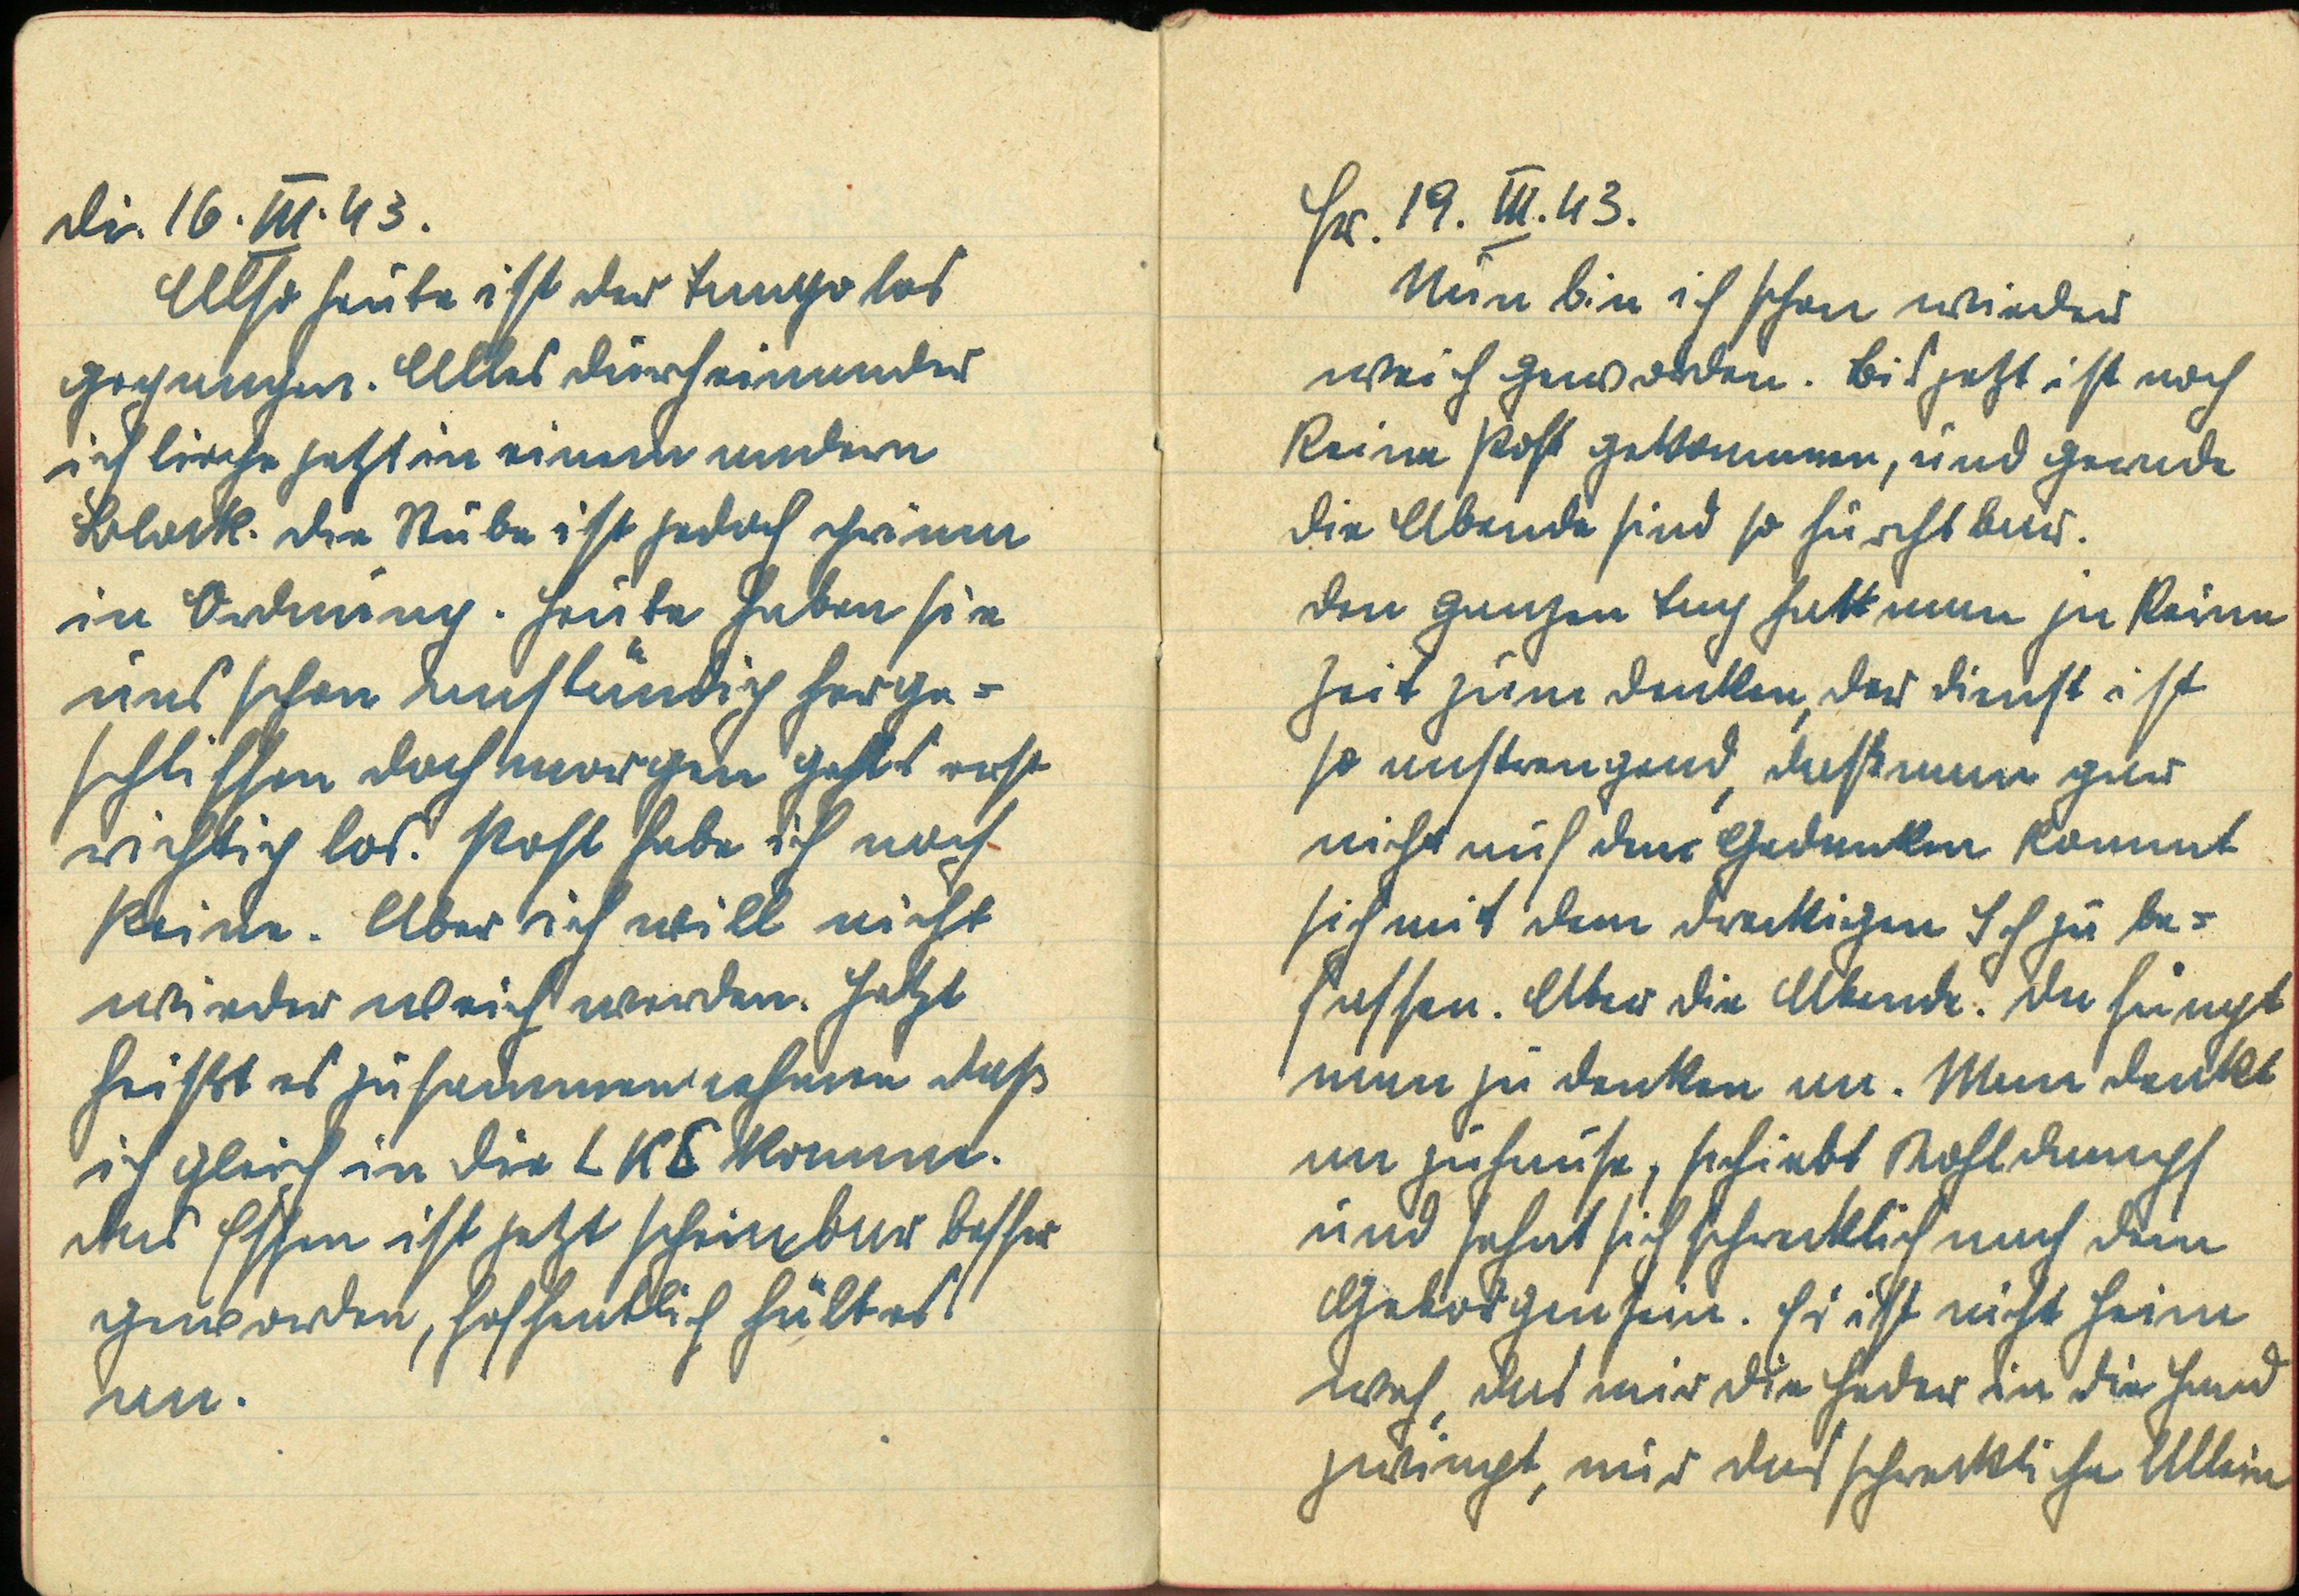
Fr. 19. III. 43
Nun bin ich schon wieder
weich geworden. Bis jetzt ist noch
keine Post gekommen, und gerade
die Abende sind so furchtbar.
Den ganzen Tag hat man ja keine
Zeit zum denken, der Dienst ist
so anstrengend, daß man gar
nicht auf den Gedanken kommt
sich mit dem dreckigen Ich zu be¬
fassen. Aber die Abende. Da fängt
man zu denken an. Man denkt
an zuhause, schiebt Kohldampf
und sehnt sich schrecklich nach dem
Geborgensein. Es ist nicht Heim¬
weh, das mir die Feder in die Hand
zwingt, mir das schreckliche Allein

Di. 16. III. 43.
Also heute ist der Tango los
gegangen. Alles durcheinander
ich liege jetzt in einem andern
Block. Die Stube ist jedoch prima
in Ordnung. Heute haben sie
uns schon anständig herge¬
schliffen doch morgen gehts erst
richtig los. Post habe ich noch
keine. Aber ich will nicht
wieder weich werden. Jetzt
heißt es zusammennehmen daß
ich gleich in die LKS komme.
Das Essen ist jetzt scheinbar besser
geworden, hoffentlich hält es
an.